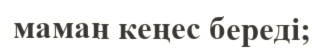
маман кеңес береді;